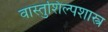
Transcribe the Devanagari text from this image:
वास्तुशिल्पशास्त्र